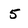
Character: 5